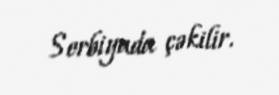
Serbiyada çəkilir.